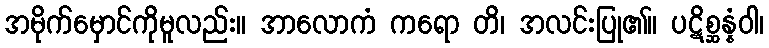
အမိုက်မှောင်ကိုမူလည်း။ အာလောကံ ကရော တိ၊ အလင်းပြု၏။ ပဋိစ္ဆန္နံဝါ၊